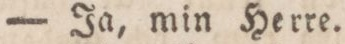
— Ja, min Herre.